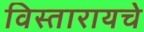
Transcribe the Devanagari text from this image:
विस्तारायचे